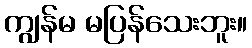
ကျွန်မ မပြန်သေးဘူး။